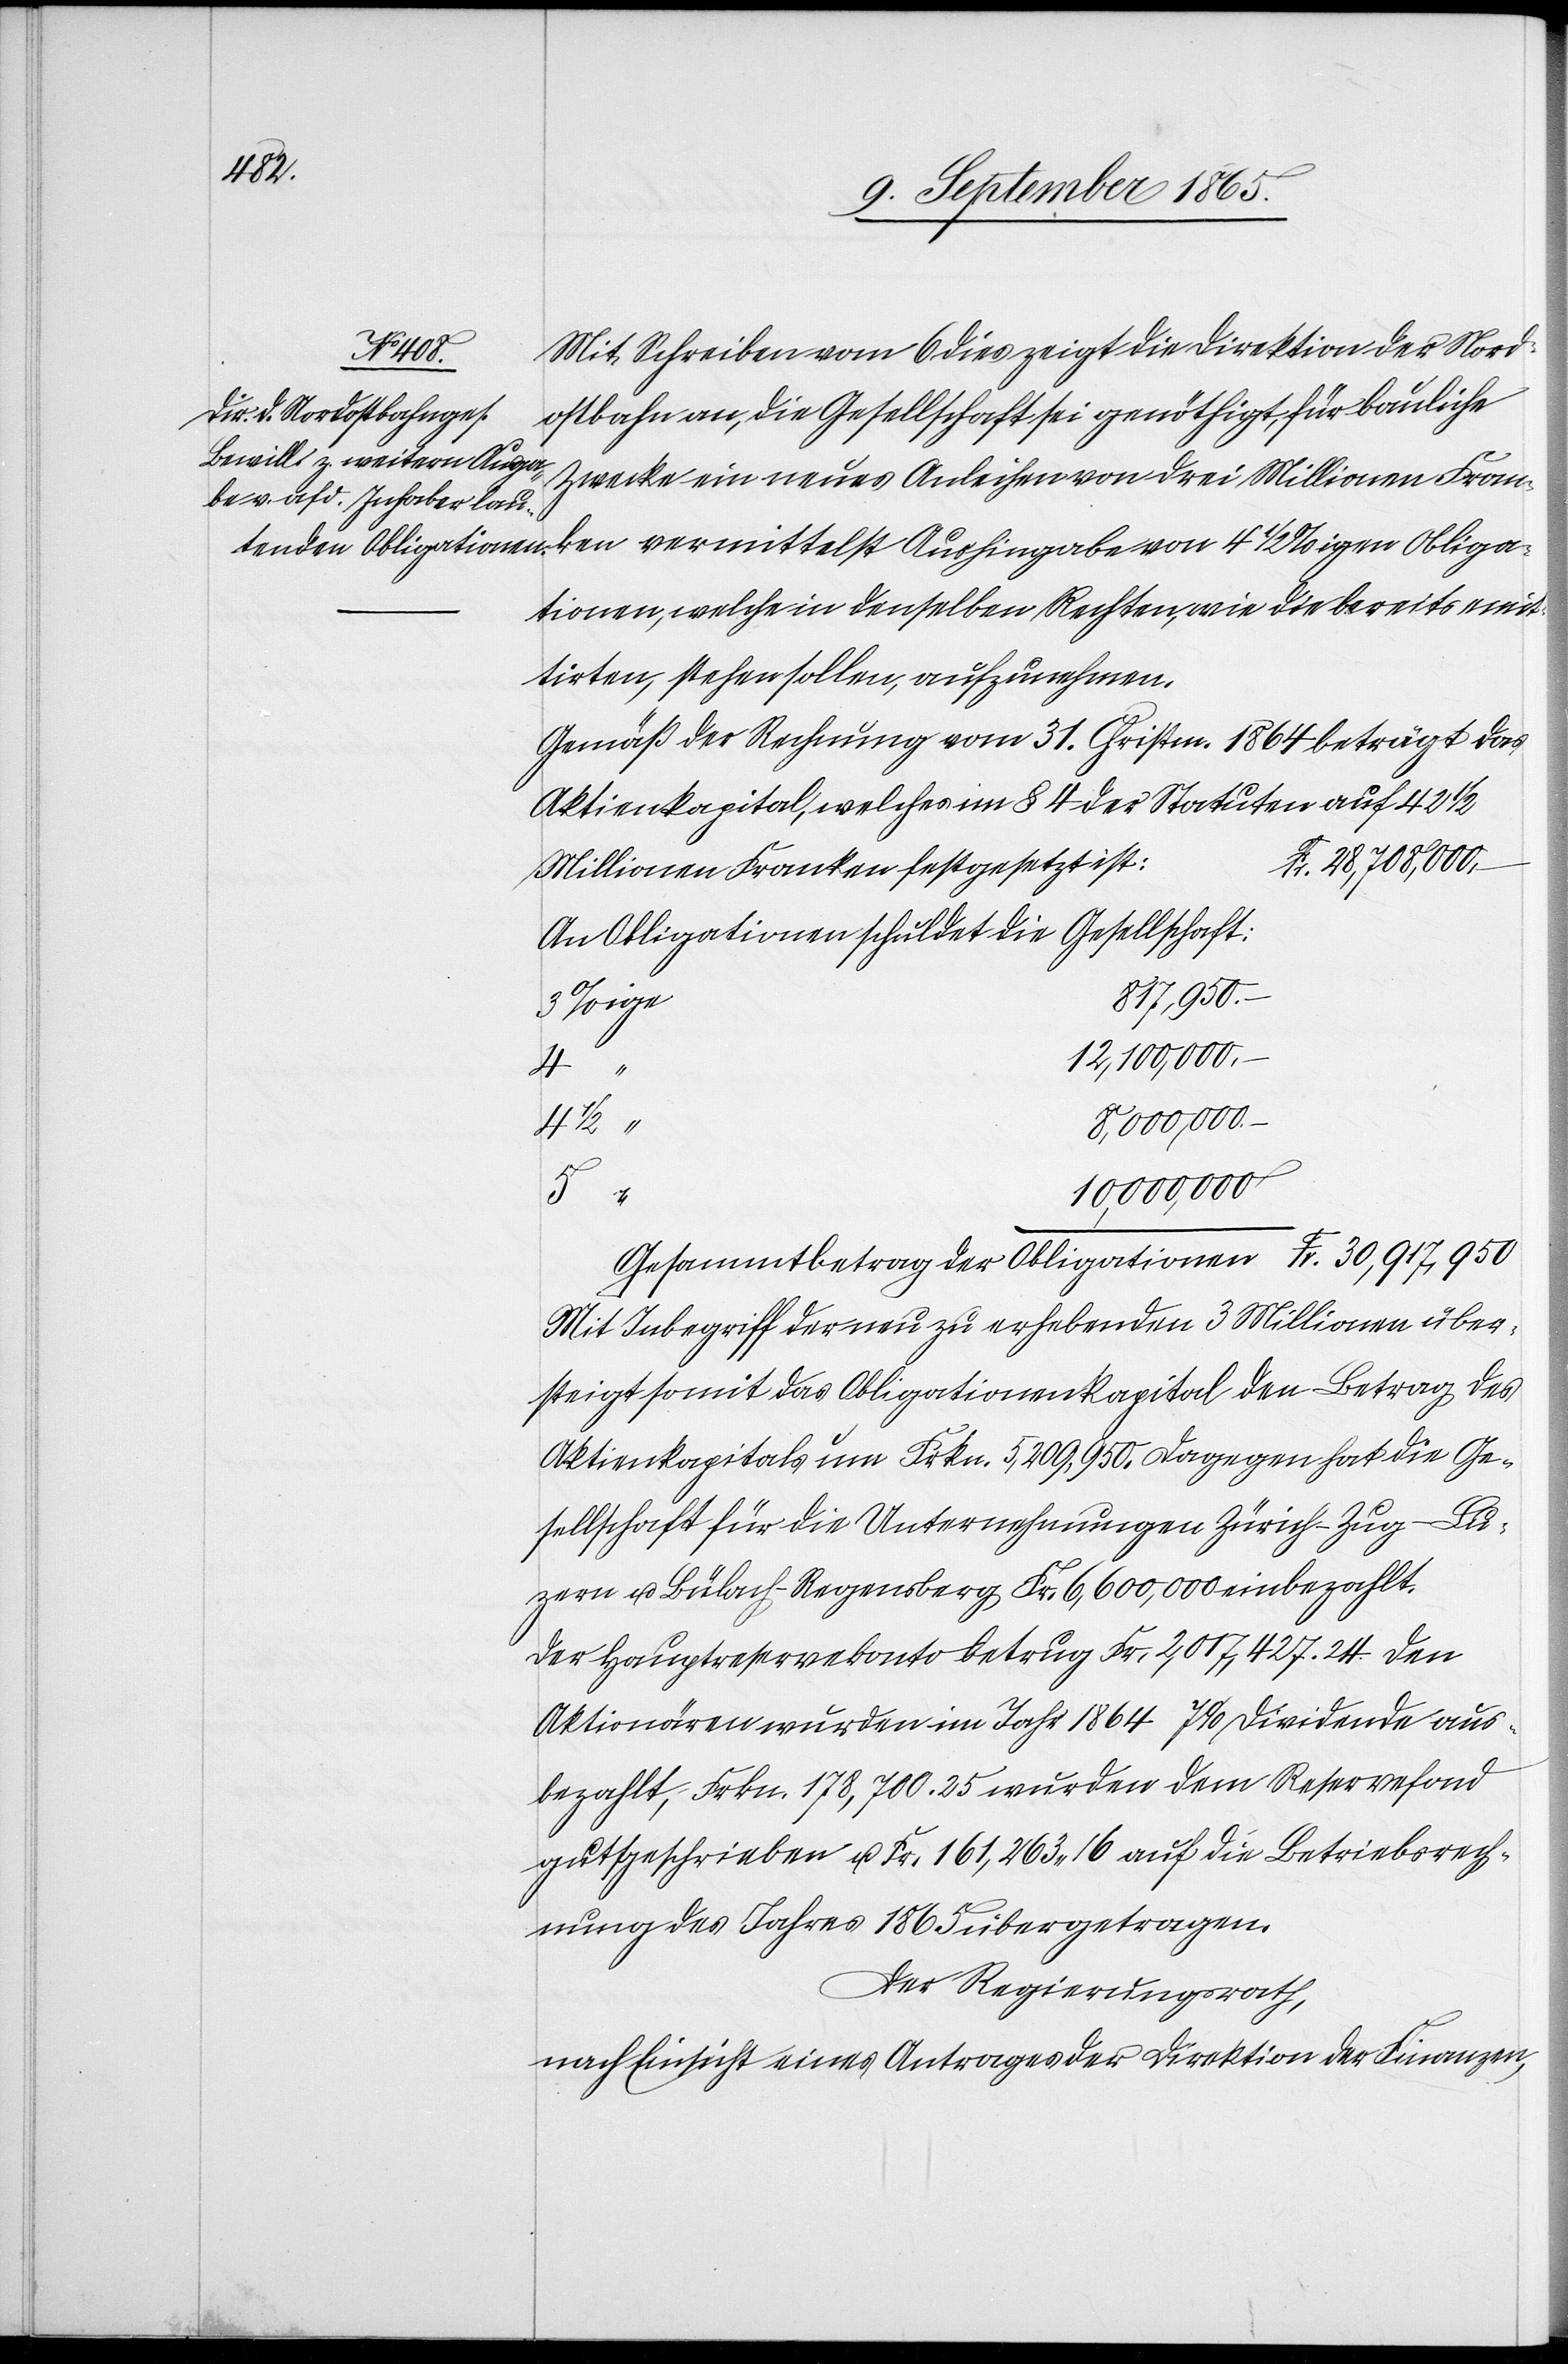
Mit Schreiben vom 6. dies zeigt die Direktion der Nord¬
Fr.
ostbahn an, die Gesellschaft sei genöthigt, für bauliche
Zwecke ein neues Anleihen von drei Millionen Fran¬
ken vermittelst Aushingabe von 4 1/2%igen Obliga¬
tionen, welche in denselben Rechten, wie die bereits emit¬
tirten, stehen sollen, aufzunehmen.
Gemäß der Rechnung vom 31. Christm. 1864 beträgt das
Aktienkapital, welches im § 4 der Statuten auf 42 1/2
Millionen Franken festgesetzt ist:
An Obligationen schuldet die Gesellschaft:
30,917,950
%ige
12,100,000.
–
8,000,000.
4
1/2
10,000,000
5
“
Mit Inbegriff der neu zu erhebenden 3 Millionen über¬
steigt somit das Obligationenkapital den Betrag des
Aktienkapitals um Frkn. 5,209,950. Dagegen hat die Ge¬
sellschaft für die Unternehmungen Zürich–Zug–Lu¬
zern u. Bülach–Regensberg Fr. 6,600,000 einbezahlt.
Der Hauptreservekonto betrug Fr. 2,017,427. 24. Den
Aktionären wurden im Jahr 1864 7% Dividende aus¬
bezahlt, Frkn. 178,700. 25 wurden dem Reservefond
gutgeschrieben u. Fr. 161,263 16 auf die Betriebsrech¬
nung des Jahres 1865 übergetragen.
Der Regierungsrath,
nach Einsicht eines Antrages der Direktion der Finanzen,